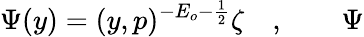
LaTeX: {\Psi}(y)=(y,p)^{-E_{o}-\frac 12}\zeta\quad,\qquad{\Psi}